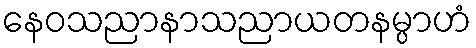
နေဝသညာနာသညာယတနမ္ပာဟံ